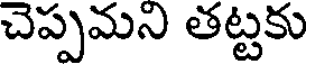
చెప్పమని తట్టకు